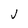
Character: J